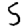
Digit: 5